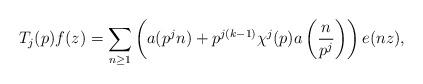
LaTeX: \begin{align*}T_j(p)f(z)= \sum_{n\ge1}\left(a(p^{j}n)+p^{j(k-1)}\chi^{j}(p)a\left(\frac{n}{p^{j}}\right)\right)e(nz),\end{align*}